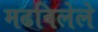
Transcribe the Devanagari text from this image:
मढविलेले